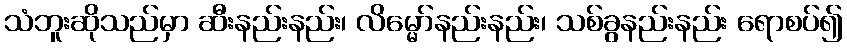
သံဘူးဆိုသည်မှာ ဆီးနည်းနည်း၊ လိမ္မော်နည်းနည်း၊ သစ်ခွနည်းနည်း ရောစပ်၍